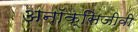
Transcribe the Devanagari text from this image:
अनॉक्सिजीवी